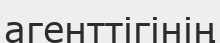
агенттігінің